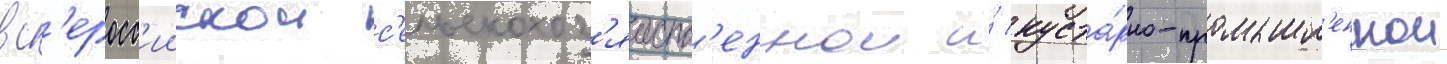
вс'еросс'иискои с'ельскохоз'яиств'еннои и́ куста́рно-промышл'еннои